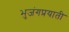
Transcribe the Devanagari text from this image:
भुजंगप्रयाती